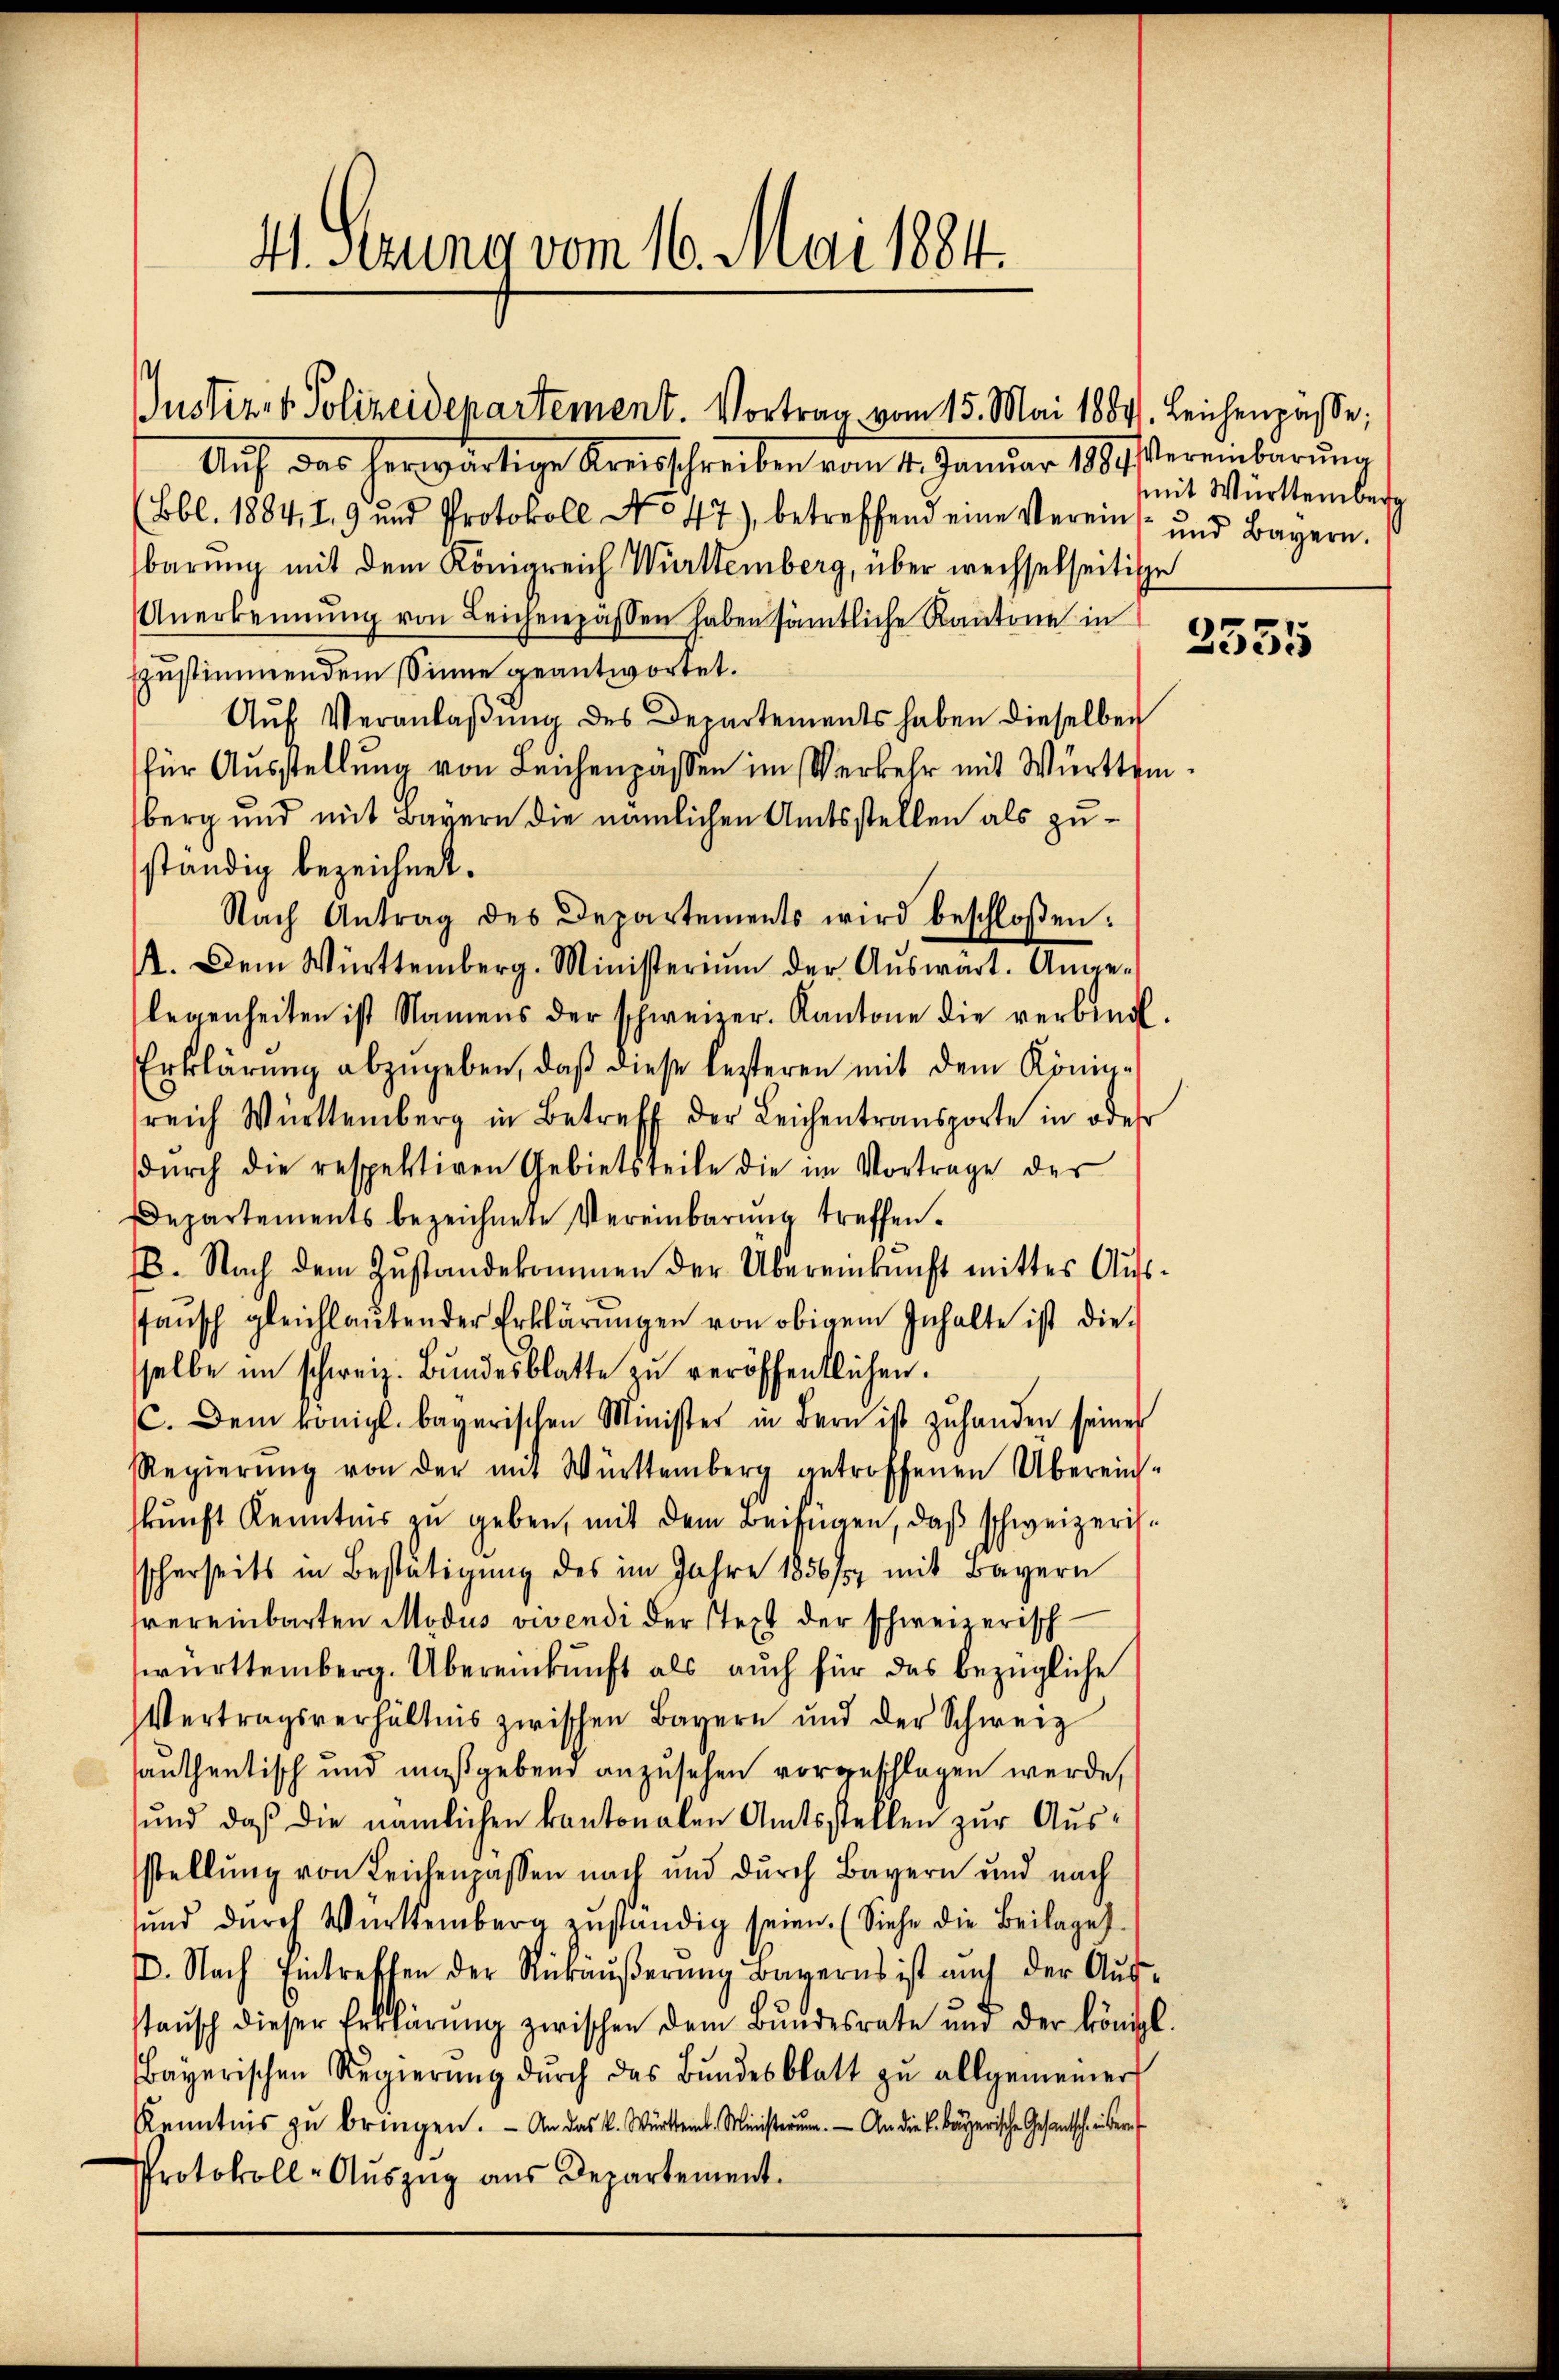
41. Serung vom 16. Mai 1884.

Justizit. Polizeidepartement. Vortrag vom 15. Mai 18841. Leichenpasse;

Aŭf das herwärtige Kreisschreiben vom 4. Janŭar 1884 Vereinbarŭng
Bbl. 1884, I 9 und Protokoll No 47), betreffend eine Verein, und Bayern.
barung mit dem Königreich Württemberg, über wechselseitige
Anerkennung von Leichenpässen haben sämtliche Kantone in
zustimmendem Sinne geantwortet.
Aŭf Veranlaβŭng des Departements haben dieselben
für Ausstellung von Leichenpässen im Verkehr mit Württem
berg und mit Bayern die nämlichen Amtsstellen als zuständig bezeichnet.
Nach Antrag des Departements wird beschloßen:
A. Dem Württemberg. Ministerium der Aŭswart. Ange-
legenheiten ist Namens der schweizer. Kantone die verbind
Erklärung abzugeben, daß diese lezteren mit dem Königreich Württemberg in Betreff der Leichentransporte in oder
durch die respektiven Gebietsteile die im Vortrage der
Departements bezeichnete Vereinbarung treffen¬
18. Nach dem Zŭstandekommen der Übereinkunft mittes Aŭs-
taŭsch gleichlaŭtender Erklärŭngen von obigem Inhalte ist die
sselbe im schweiz. Bŭndesblatte zŭ veröffentlichen.
C. Dem königl. bayerischen Minister in Bern ist zŭ handen seiner
Regierŭng von der mit Württemberg getroffenen Übereins-
skunft Kenntnis zu geben, mit dem Beifügen, daß schweizerisscherseits in Bestätigung des im Jahre 1856/7 mit Bayern
vereinbarten Modus vivendi der Stext der schweizerisch-
württemberg. Übereinkunft als auch für das bezügliche
Vertragsverhältnis zwischen Bayern und der Schweiz
sauthentisch und maßgebend anzusehen vorgeschlagen werde,
ŭnd daß die nämlichen kantonalen Amtsstellen zŭr Aŭs-
stellŭng von Leichenpassen nach und durch Bayern und nach
ŭnd dŭrch Württemberg zŭständig seien. (Siehe die Beilages
D. Nach Eintreffen der Rückäŭβerŭng Bayerns ist auch der Aŭs-
staŭsch dieser Erklärŭng zwischen dem Bŭndesrate und der königl.
Bayerischen Regierŭng dŭrch das Bŭndesblatt zŭ allgemeiner
Kenntnis zu bringen. - An das K. Würtheint. Ministerum. — An die K. Bayerische Gesandtsche in der
Protokoll-Aŭszŭg aŭs Departement.

mit Württemberg

2355